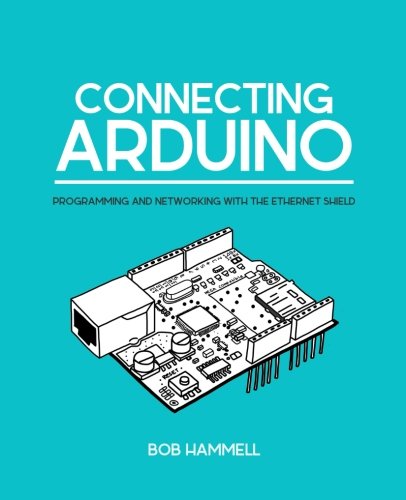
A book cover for Connecting Arduino: Programming And Networking With The Ethernet Shield; Bob Hammell; Computers & Technology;